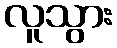
လူသွား